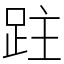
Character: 跓